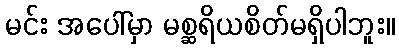
မင်း အပေါ်မှာ မစ္ဆရိယစိတ်မရှိပါဘူး။